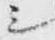
シ